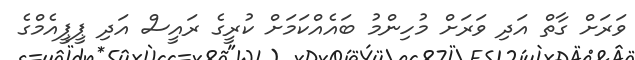
ވަރަށް ގާތް އަދި ވަރަށް މުހިންމު ބައެއްކަމަށް ކުރީގެ ރައީސް އަދި ޕީޕީއެމްގެ